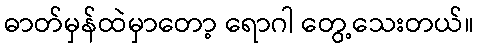
ဓာတ်မှန်ထဲမှာတော့ ရောဂါ တွေ့သေးတယ်။